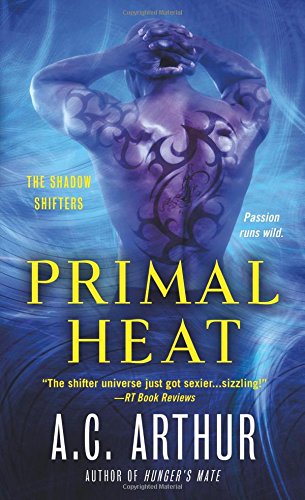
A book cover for Primal Heat: A Paranormal Shapeshifter Werejaguar Romance (The Shadow Shifters); A. C. Arthur; Romance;